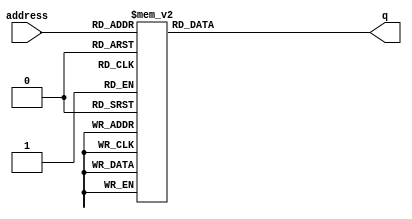

`timescale 1 ns / 100 ps
module pic_ram (address, q);

    input wire [8:0] address;
    output reg [239:0] q;
	 
	always @ (*)
		case(address)
			9'd0  : q = 240'h00000000000000000000000000000000000000000000000000000000000;
			9'd1  : q = 240'h00000000000000000000000000000000000000000000000000000000000;
			9'd2  : q = 240'h00000000000000000000000000000000000000000000000000000000000;
			9'd3  : q = 240'h00000000000000000000000000000000000000000000000000000000000;
			9'd4  : q = 240'h00000000000000000000000000000000000000000000000000000000000;
			9'd5  : q = 240'h00000000000000000000000000000000000000000000000000000000000;
			9'd6  : q = 240'h00000000000000000000000000000000000000000000000000000000000;
			9'd7  : q = 240'h00000000000000000000000000000000000000000000000000000000000;
			9'd8  : q = 240'h00000000000000000000000000000000000000000000000000000000000;
			9'd9  : q = 240'h00000000000000000000000000000000000000000000000000000000000;
			9'd10 : q = 240'h00000000000000000000000000000000000000000000000000000000000;
			9'd11 : q = 240'h00000000000000000000000000000000000000000000000000000000000;
			9'd12 : q = 240'h00000000000000000000000000000000000000000000000000000000000;
			9'd13 : q = 240'h00000000000000000000000000000000000000000000000000000000000;
			9'd14 : q = 240'h00000000000000000000000000000000000000000000000000000000000;
			9'd15 : q = 240'h00000000000000000000000000000000000000000000000000000000000;
			9'd16 : q = 240'h00000000000000000000000000000000000000000000000000000000000;
			9'd17 : q = 240'h00000000000000000000000000000000000000000000000000000000000;
			9'd18 : q = 240'h00000000000000000000000000000000000000000000000000000000000;
			9'd19 : q = 240'h00000000000000000000000000000000000000000000000000000000000;
			9'd20 : q = 240'h00000000000000000000000000000000000000000000000000000000000;
			9'd21 : q = 240'h00000000000000000000000000000000000000000000000000000000000;
			9'd22 : q = 240'h00000000000000000000000000000000000000000000000000000000000;
			9'd23 : q = 240'h00000000000000000000000000000000000000000000000000000000000;
			9'd24 : q = 240'h00000000000000000000000000000000000000000000000000000000000;
			9'd25 : q = 240'h00000000000000000000000000000000000000000000000000000000000;
			9'd26 : q = 240'h00000000000000000000000000000000000000000000000000000000000;
			9'd27 : q = 240'h00000000000000000000000000000000000000000000000000000000000;
			9'd28 : q = 240'h00000000000000000000000000000000000000000000000000000000000;
			9'd29 : q = 240'h00000000000000000000000000000000000000000000000000000000000;
			9'd30 : q = 240'h00000000000000000000000000000000000000000000000000000000000;
			9'd31 : q = 240'h00000000000000000000000000000000000000000000000000000000000;
			9'd32 : q = 240'h00000000000000000000000000000000000000000000000000000000000;
			9'd33 : q = 240'h00000000000000000000000000000000000000000000000000000000000;
			9'd34 : q = 240'h00000000000000000000000000000000000000000000000000000000000;
			9'd35 : q = 240'h00000000000000000000000000000000000000000000000000000000000;
			9'd36 : q = 240'h00000000000000000000000000000000000000000000000000000000000;
			9'd37 : q = 240'h00000000000000000000000000000000000000000000000000000000000;
			9'd38 : q = 240'h00000000000000000000000000000000000000000000000000000000000;
			9'd39 : q = 240'h00000000000000000000000000000000000000000000000000000000000;
			9'd40 : q = 240'h00000000000000000000000000000000000000000000000000000000000;
			9'd41 : q = 240'h00000000000000000000000000000000000000000000000000000000000;
			9'd42 : q = 240'h00000000000000000000000000000000000000000000000000000000000;
			9'd43 : q = 240'h00000000000000000000000000000000000000000000000000000000000;
			9'd44 : q = 240'h00000000000000000000000000000000000000000000000000000000000;
			9'd45 : q = 240'h00000000000000000000000000000000000000000000000000000000000;
			9'd46 : q = 240'h00000000000000000000000000000000000000000000000000000000000;
			9'd47 : q = 240'h00000000000000000000000000000000000000000000000000000000000;
			9'd48 : q = 240'h00000000000000000000000000000000000000000000000000000000000;
			9'd49 : q = 240'h00000000000000000000000000000000000000000000000000000000000;
			9'd50 : q = 240'h00000000000000000000000000000000000000000000000000000000000;
			9'd51 : q = 240'h00000000000000000000000000000000000000000000000000000000000;
			9'd52 : q = 240'h00000000000000000000000000000000000000000000000000000000000;
			9'd53 : q = 240'h00000000000000000000000000000000000000000000000000000000000;
			9'd54 : q = 240'h00000000000000000000000000000000000000000000000000000000000;
			9'd55 : q = 240'h00000000000000000000000000000000000000000000000000000000000;
			9'd56 : q = 240'h00000000000000000000000000000000000000000000000000000000000;
			9'd57 : q = 240'h00000000000000000000000000000000000000000000000000000000000;
			9'd58 : q = 240'h00000000000000000000000000000000000000000000000000000000000;
			9'd59 : q = 240'h00000000000000000000000000000000000000000000000000000000000;
			9'd60 : q = 240'h00000000000000000000000000000000000000000000000000000000000;
			9'd61 : q = 240'h00000000000000000000000000000000000000000000000000000000000;
			9'd62 : q = 240'h00000000000000000000000000000000000000000000000000000000000;
			9'd63 : q = 240'h00000000000000000000000000000000000000000000000000000000000;
			9'd64 : q = 240'h00000000000000000000000000000000000000000000000000000000000;
			9'd65 : q = 240'h00000000000000000000000000000000000000000000000000000000000;
			9'd66 : q = 240'h00000000000000000000000000000000000000000000000000000000000;
			9'd67 : q = 240'h00000000000000000000000000000000000000000000000000000000000;
			9'd68 : q = 240'h00000000000000000000000000000000000000000000000000000000000;
			9'd69 : q = 240'h00000000000000000000000000000000000000000000000000000000000;
			9'd70 : q = 240'h00000000000000000000000000000000000000000000000000000000000;
			9'd71 : q = 240'h00000000000000000000000000000000000000000000000000000000000;
			9'd72 : q = 240'h00000000000000000000000000000000000000000000000000000000000;
			9'd73 : q = 240'h00000000000000000000000000000000000000000000000000000000000;
			9'd74 : q = 240'h00000000000000000000000000000000000000000000000000000000000;
			9'd75 : q = 240'h00000000000000000000000000000000000000000000000000000000000;
			9'd76 : q = 240'h00000000000000000000000000000000000000000000000000000000000;
			9'd77 : q = 240'h00000000000000000000000000000000000000000000000000000000000;
			9'd78 : q = 240'h00000000000000000000000000000000000000000000000000000000000;
			9'd79 : q = 240'h00000000000000000000000000000000000000000000000000000000000;
			9'd80 : q = 240'h00000000000000000000000000000000000000000000000000000000000;
			9'd81 : q = 240'h00000000000000000000000000000000000000000000000000000000000;
			9'd82 : q = 240'h00000000000000000000000000000000000000000000000000000000000;
			9'd83 : q = 240'h00000000000000000000000000000000000000000000000000000000000;
			9'd84 : q = 240'h00000000000000000000000000000000000000000000000000000000000;
			9'd85 : q = 240'h00000000000000000000000000000000000000000000000000000000000;
			9'd86 : q = 240'h00000000000000000000000000000000000000000000000000000000000;
			9'd87 : q = 240'h00000000000000000000000000000000000000000000000000000000000;
			9'd88 : q = 240'h00000000000000000000000000000000000000000000000000000000000;
			9'd89 : q = 240'h00000000000000000000000000000000000000000000000000000000000;
			9'd90 : q = 240'h00000000000000000000000000000000000000000000000000000000000;
			9'd91 : q = 240'h00000000000000000000000000000000000000000000000000000000000;
			9'd92 : q = 240'h00000000000000000000000000000000000000000000000000000000000;
			9'd93 : q = 240'h00000000000000000000000000000000000000000000000000000000000;
			9'd94 : q = 240'h00000000000000000000000000000000000000000000000000000000000;
			9'd95 : q = 240'h00000000000000000000000000000000000000000000000000000000000;
			9'd96 : q = 240'h00000000000000000000000000000000000000000000000000000000000;
			9'd97 : q = 240'h00000000000000000000000000000000000000000000000000000000000;
			9'd98 : q = 240'h00000000000000000000000000000000000000000000000000000000000;
			9'd99 : q = 240'h00000000000000000000000000000000000000000000000000000000000;
			9'd100: q = 240'h00000000000000000000000000000000000000000000000000000000000;
			9'd101: q = 240'h00000000000000000000000000000000000000000000000000000000000;
			9'd102: q = 240'h00000000000000000000000000000000000000000000000000000000000;
			9'd103: q = 240'h00000000000000000000000000000000000000000000000000000000000;
			9'd104: q = 240'h00000000000000000000000000000000000000000000000000000000000;
			9'd105: q = 240'h00000000000000000000000000000000000000000000000000000000000;
			9'd106: q = 240'h00000000000000000000000000000000000000000000000000000000000;
			9'd107: q = 240'h00000000000000000000000000000000000000000000000000000000000;
			9'd108: q = 240'h00000000000000000000000000000000000000000000000000000000000;
			9'd109: q = 240'h00000000000000000000000000000000000000000000000000000000000;
			9'd110: q = 240'h00000000000000000000000000000000000000000000000000000000000;
			9'd111: q = 240'h00000000000000000000000000000FF8000000000000000000000000000;
			9'd112: q = 240'h00000000000000000000000000003FFE000000000000000000000000000;
			9'd113: q = 240'h0000000000000000000000000000FFFF800000000000000000000000000;
			9'd114: q = 240'h0000000000000000000000000001FFFFC00000000000000000000000000;
			9'd115: q = 240'h0000000000000000000000000003FFFFE00000000000000000000000000;
			9'd116: q = 240'h0000000000000000000000000007FFFFF00000000000000000000000000;
			9'd117: q = 240'h000000000000000000000000000FFFFFF80000000000000000000000000;
			9'd118: q = 240'h000000000000000000000000000FFFFFF80000000000000000000000000;
			9'd119: q = 240'h000000000000000000000000001FFFFFFC0000000000000000000000000;
			9'd120: q = 240'h000000000000000000000000001FFFFFFC0000000000000000000000000;
			9'd121: q = 240'h000000000000000000000000001FFC1FFC0000000000000000000000000;
			9'd122: q = 240'h000000000000000000000000001FF80FFC0000000000000000000000000;
			9'd123: q = 240'h000000000000000000000000001FF00FFC0000000000000000000000000;
			9'd124: q = 240'h000000000000000000000000001FF007FC0000000000000000000000000;
			9'd125: q = 240'h000000000000000000000000001FF00FFC0000000000000000000000000;
			9'd126: q = 240'h000000000000000000000000001FF80FFC0000000000000000000000000;
			9'd127: q = 240'h000000000000000000000000001FF81FFC0000000000000000000000000;
			9'd128: q = 240'h000000000000000000000000001FFE3FFC0000000000000000000000000;
			9'd129: q = 240'h000000000000000000000000001FFE7FFC0000000000000000000000000;
			9'd130: q = 240'h000000000000000000000000000FFE7FF80000000000000000000000000;
			9'd131: q = 240'h000000000000000000000000000FFE7FF80000007FC0000000000000000;
			9'd132: q = 240'h0000000000000000000000000007FE7FF0000001FFF0000000000000000;
			9'd133: q = 240'h0000000000000000000380000007FE7FE0000007FFF8000000000000000;
			9'd134: q = 240'h0000000000000000001FF8000003FE7FC000000FFFFC000000000000000;
			9'd135: q = 240'h0000000000000000007FFE000003FE7FC000001FFFFE000000000000000;
			9'd136: q = 240'h000000000000000000FFFF000003FE7F8000003FFFFF000000000000000;
			9'd137: q = 240'h000000000000000001FFFF800001FC7F8000003FFFFF000000000000000;
			9'd138: q = 240'h000000000000000003FFFFC00001FC7F0000007FFFFF800000000000000;
			9'd139: q = 240'h000000000000000003FFFFC00000FC7F0000007FFBFF800000000000000;
			9'd140: q = 240'h000000000000000007FFFFE00000FCFF0000007FE0FFC00000000000000;
			9'd141: q = 240'h000000000000000007F83FE00000FCFE000000FFC07FC00000000000000;
			9'd142: q = 240'h00000000000000000FF01FE000007CFE000000FFC03FC00000000000000;
			9'd143: q = 240'h00000000000000000FF00FE000007CFE000000FFC03FC00000000000000;
			9'd144: q = 240'h00000000000000000FF00FE000007CFC000000FFC03FC00000000000000;
			9'd145: q = 240'h00000000000000000FF00FE000007CFC000000FFC07FC00000000000000;
			9'd146: q = 240'h00000000000000000FF01FE000007CFC000000FFC0FFC00000000000000;
			9'd147: q = 240'h000000000000000007F81FE000007CFC000001FF81FF800000000000000;
			9'd148: q = 240'h000000000000000007FE1FE000007CF8000001FF8FFF800000000000000;
			9'd149: q = 240'h000000000000000007FF1FE0000078F8000001FF1FFF000000000000000;
			9'd150: q = 240'h000000000000000003FF8FE0000078F8000001FE3FFF000000000000000;
			9'd151: q = 240'h000000000000000003FF8FE0000078F8000003FC7FFE000000000000000;
			9'd152: q = 240'h000000000000000001FFCFE0000079F8000003FCFFFC000000000000000;
			9'd153: q = 240'h000000000000000000FFC7E0000079F0000003F8FFF8000000000000000;
			9'd154: q = 240'h0000000000000000007FE7F0000079F0000007F1FFF0000000000000000;
			9'd155: q = 240'h0000000000000000001FE3F0000079F0000007E3FFE0000000000000000;
			9'd156: q = 240'h0000000000000000000FF3F0000079F000000FC7FFC0000000000000000;
			9'd157: q = 240'h00000000000000000003F1F0000071F000000FCFFF80000000000000000;
			9'd158: q = 240'h00000000000000000001F9F0000071F000001F8FFE00000000000000000;
			9'd159: q = 240'h00000000000000000000F8F0000071F000001F1FFC00000000000000000;
			9'd160: q = 240'h000000000000000000007CF0000071F000003E3FF800000000000000000;
			9'd161: q = 240'h000000000000000000003C780000F3F000003C7FE000000000000000000;
			9'd162: q = 240'h000000000000000000001E780000F3F0000078FFC000000000000000000;
			9'd163: q = 240'h000000000000000000001E380000F3F80000F8FF0000000000000000000;
			9'd164: q = 240'h000000000000000000000F3C0000F3F80000F1FE0000000000000000000;
			9'd165: q = 240'h00000000000000000000071C0001E3FC0001E3FC0000000000000000000;
			9'd166: q = 240'h00000000000000000000079C0003E3FC0003C7F80000000000000000000;
			9'd167: q = 240'h00000000000000000000038E0003E3FE00078FF00000000000000000000;
			9'd168: q = 240'h0000000000000000000003CF0007E1FF001F0FC00000000000000000000;
			9'd169: q = 240'h0000000000000000000001C7C00FE1FFC07F1F800000000000000000000;
			9'd170: q = 240'h0000000000000000000001E3E03FC1FFFFFE3F000000000000000000000;
			9'd171: q = 240'h0000000000000000000000F3FFFFC8FFFFFC7E000000000000000000000;
			9'd172: q = 240'h0000000000000000000000F1FFFF8CFFFFF0FC000000000000000000000;
			9'd173: q = 240'h0000000000000000000000F8FFFF1C7FFFE1FC000000000000000000000;
			9'd174: q = 240'h00000000000000000000007C3FFE1E3FFFC3F8000000000000000000000;
			9'd175: q = 240'h00000000000000000000007E1FF83F1FFF07F0000000000000000000000;
			9'd176: q = 240'h00000000000000000000003F0000FF83FC0FE0000000000000000000000;
			9'd177: q = 240'h00000000000000000000003FC003FFC0003FC0000000000000000000000;
			9'd178: q = 240'h00000000000000000000001FF00FFFF000FFC0000000000000000000000;
			9'd179: q = 240'h00000000000000000000001FFFFFFFFE07FF80000000000000000000000;
			9'd180: q = 240'h00000000000000000000000FFFFFFFFFFFFF80000000000000000000000;
			9'd181: q = 240'h00000000000000000000000FFFFFFFFFFFFF00000000000000000000000;
			9'd182: q = 240'h000000000000000000000007FFFFFFFFFFFE00000000000000000000000;
			9'd183: q = 240'h000000000000000000000007FFFFFFFFFFFE00000000000000000000000;
			9'd184: q = 240'h000000000000000000000007FFFFFFFFFFFC00000000000000000000000;
			9'd185: q = 240'h000000000000000000000003FFFFFFFFFFFC00000000000000000000000;
			9'd186: q = 240'h000000000000000000000003FFFFFFFFFFFC00000000000000000000000;
			9'd187: q = 240'h000000000000000000000003FFFFFFFFFFF800000000000000000000000;
			9'd188: q = 240'h000000000000000000000001FFFFFFFFFFF800000000000000000000000;
			9'd189: q = 240'h000000000000000000000001FFFFFFFFFFF000000000000000000000000;
			9'd190: q = 240'h000000000000000000000000FFFFFFFFFFF000000000000000000000000;
			9'd191: q = 240'h000000000000000000000000FFFFFFFFFFF000000000000000000000000;
			9'd192: q = 240'h000000000000000000000000FFFFFFFFFFE000000000000000000000000;
			9'd193: q = 240'h0000000000000000000000007FFFFFFFFFE000000000000000000000000;
			9'd194: q = 240'h0000000000000000000000007FFFFFFFFFC000000000000000000000000;
			9'd195: q = 240'h0000000000000000000000007FFFFFFFFFC000000000000000000000000;
			9'd196: q = 240'h0000000000000000000000003FFFFFFFFFC000000000000000000000000;
			9'd197: q = 240'h0000000000000000000000003FFFFFFFFF8000000000000000000000000;
			9'd198: q = 240'h0000000000000000000000003FFFFFFFFF8000000000000000000000000;
			9'd199: q = 240'h0000000000000000000000001FFFFFFFFF8000000000000000000000000;
			9'd200: q = 240'h0000000000000000000000001FFFFFFFFF0000000000000000000000000;
			9'd201: q = 240'h0000000000000000000000001FFFFFFFFF0000000000000000000000000;
			9'd202: q = 240'h0000000000000000000000000FFFFFFFFE0000000000000000000000000;
			9'd203: q = 240'h0000000000000000000000000FFFFFFFFE0000000000000000000000000;
			9'd204: q = 240'h00000000000000000000000007FFFFFFFC0000000000000000000000000;
			9'd205: q = 240'h00000000000000000000000003FFFFFFFC0000000000000000000000000;
			9'd206: q = 240'h00000000000000000000000003FFFFFFF80000000000000000000000000;
			9'd207: q = 240'h00000000000000000000000001FFFFFFF00000000000000000000000000;
			9'd208: q = 240'h00000000000000000000000000FFFFFFE00000000000000000000000000;
			9'd209: q = 240'h000000000000000000000000007FFFFFC00000000000000000000000000;
			9'd210: q = 240'h000000000000000000000000003FFFFF800000000000000000000000000;
			9'd211: q = 240'h000000000000000000000000000FFFFE000000000000000000000000000;
			9'd212: q = 240'h0000000000000000000000000001FFF8000000000000000000000000000;
			9'd213: q = 240'h00000000000000000000000000003F80000000000000000000000000000;
			9'd214: q = 240'h00000000000000000000000000000000000000000000000000000000000;
			9'd215: q = 240'h00000000000000000000000000000000000000000000000000000000000;
			9'd216: q = 240'h00000000000000000000000000000000000000000000000000000000000;
			9'd217: q = 240'h00000000000000000000000000000000000000000000000000000000000;
			9'd218: q = 240'h00000000000000000000000000000000000000000000000000000000000;
			9'd219: q = 240'h00000000000000000000000000000000000000000000000000000000000;
			9'd220: q = 240'h00000000000000000000000000000000000000000000000000000000000;
			9'd221: q = 240'h00000000000000000000000000000000000000000000000000000000000;
			9'd222: q = 240'h00000000000000000000000000000000000000000000000000000000000;
			9'd223: q = 240'h00000000000000000000000000000000000000000000000000000000000;
			9'd224: q = 240'h00000000000000000000000000000000000000000000000000000000000;
			9'd225: q = 240'h00000000000000000000000000000000000000000000000000000000000;
			9'd226: q = 240'h00000000000000000000000000000000000000000000000000000000000;
			9'd227: q = 240'h00000000000000000000000000000000000000000000000000000000000;
			9'd228: q = 240'h00000000000000000000000000000000000000000000000000000000000;
			9'd229: q = 240'h00000000000000000000000000000000000000000000000000000000000;
			9'd230: q = 240'h00000000000000000000000000000000000000000000000000000000000;
			9'd231: q = 240'h00000000000000000000000000000000000000000000000000000000000;
			9'd232: q = 240'h00000000000000000000000000000000000000000000000000000000000;
			9'd233: q = 240'h00000000000000000000000000000000000000000000000000000000000;
			9'd234: q = 240'h00000000000000000000000000000000000000000000000000000000000;
			9'd235: q = 240'h00000000000000000000000000000000000000000000000000000000000;
			9'd236: q = 240'h00000000000000000000000000000000000000000000000000000000000;
			9'd237: q = 240'h00000000000000000000000000000000000000000000000000000000000;
			9'd238: q = 240'h00000000000000000000000000000000000000000000000000000000000;
			9'd239: q = 240'h00000000000000000000000000000000000000000000000000000000000;
			9'd230: q = 240'h00000000000000000000000000000000000000000000000000000000000;
			9'd241: q = 240'h00000000000000000000000000000000000000000000000000000000000;
			9'd242: q = 240'h00000000000000000000000000000000000000000000000000000000000;
			9'd243: q = 240'h00000000000000000000000000000000000000000000000000000000000;
			9'd244: q = 240'h00000000000000000000000000000000000000000000000000000000000;
			9'd245: q = 240'h00000000000000000000000000000000000000000000000000000000000;
			9'd246: q = 240'h00000000000000000000000000000000000000000000000000000000000;
			9'd247: q = 240'h00000000000000000000000000000000000000000000000000000000000;
			9'd248: q = 240'h00000000000000000000000000000000000000000000000000000000000;
			9'd249: q = 240'h00000000000000000000000000000000000000000000000000000000000;
			9'd250: q = 240'h00000000000000000000000000000000000000000000000000000000000;
			9'd251: q = 240'h00000000000000000000000000000000000000000000000000000000000;
			9'd252: q = 240'h00000000000000000000000000000000000000000000000000000000000;
			9'd253: q = 240'h00000000000000000000000000000000000000000000000000000000000;
			9'd254: q = 240'h00000000000000000000000000000000000000000000000000000000000;
			9'd255: q = 240'h00000000000000000000000000000000000000000000000000000000000;
			9'd256: q = 240'h00000000000000000000000000000000000000000000000000000000000;
			9'd257: q = 240'h00000000000000000000000000000000000000000000000000000000000;
			9'd258: q = 240'h00000000000000000000000000000000000000000000000000000000000;
			9'd259: q = 240'h00000000000000000000000000000000000000000000000000000000000;
			9'd260: q = 240'h00000000000000000000000000000000000000000000000000000000000;
			9'd261: q = 240'h00000000000000000000000000000000000000000000000000000000000;
			9'd262: q = 240'h00000000000000000000000000000000000000000000000000000000000;
			9'd263: q = 240'h00000000000000000000000000000000000000000000000000000000000;
			9'd264: q = 240'h00000000000000000000000000000000000000000000000000000000000;
			9'd265: q = 240'h00000000000000000000000000000000000000000000000000000000000;
			9'd266: q = 240'h00000000000000000000000000000000000000000000000000000000000;
			9'd267: q = 240'h00000000000000000000000000000000000000000000000000000000000;
			9'd268: q = 240'h00000000000000000000000000000000000000000000000000000000000;
			9'd269: q = 240'h00000000000000000000000000000000000000000000000000000000000;
			9'd270: q = 240'h00000000000000000000000000000000000000000000000000000000000;
			9'd271: q = 240'h00000000000000000000000000000000000000000000000000000000000;
			9'd272: q = 240'h00000000000000000000000000000000000000000000000000000000000;
			9'd273: q = 240'h00000000000000000000000000000000000000000000000000000000000;
			9'd274: q = 240'h00000000000000000000000000000000000000000000000000000000000;
			9'd275: q = 240'h00000000000000000000000000000000000000000000000000000000000;
			9'd276: q = 240'h00000000000000000000000000000000000000000000000000000000000;
			9'd277: q = 240'h00000000000000000000000000000000000000000000000000000000000;
			9'd278: q = 240'h00000000000000000000000000000000000000000000000000000000000;
			9'd279: q = 240'h00000000000000000000000000000000000000000000000000000000000;
			9'd280: q = 240'h00000000000000000000000000000000000000000000000000000000000;
			9'd281: q = 240'h00000000000000000000000000000000000000000000000000000000000;
			9'd282: q = 240'h00000000000000000000000000000000000000000000000000000000000;
			9'd283: q = 240'h00000000000000000000000000000000000000000000000000000000000;
			9'd284: q = 240'h00000000000000000000000000000000000000000000000000000000000;
			9'd285: q = 240'h00000000000000000000000000000000000000000000000000000000000;
			9'd286: q = 240'h00000000000000000000000000000000000000000000000000000000000;
			9'd287: q = 240'h00000000000000000000000000000000000000000000000000000000000;
			9'd288: q = 240'h00000000000000000000000000000000000000000000000000000000000;
			9'd289: q = 240'h00000000000000000000000000000000000000000000000000000000000;
			9'd290: q = 240'h00000000000000000000000000000000000000000000000000000000000;
			9'd291: q = 240'h00000000000000000000000000000000000000000000000000000000000;
			9'd292: q = 240'h00000000000000000000000000000000000000000000000000000000000;
			9'd293: q = 240'h00000000000000000000000000000000000000000000000000000000000;
			9'd294: q = 240'h00000000000000000000000000000000000000000000000000000000000;
			9'd295: q = 240'h00000000000000000000000000000000000000000000000000000000000;
			9'd296: q = 240'h00000000000000000000000000000000000000000000000000000000000;
			9'd297: q = 240'h00000000000000000000000000000000000000000000000000000000000;
			9'd298: q = 240'h00000000000000000000000000000000000000000000000000000000000;
			9'd299: q = 240'h00000000000000000000000000000000000000000000000000000000000;
			9'd300: q = 240'h00000000000000000000000000000000000000000000000000000000000;
			9'd301: q = 240'h00000000000000000000000000000000000000000000000000000000000;
			9'd302: q = 240'h00000000000000000000000000000000000000000000000000000000000;
			9'd303: q = 240'h00000000000000000000000000000000000000000000000000000000000;
			9'd304: q = 240'h00000000000000000000000000000000000000000000000000000000000;
			9'd305: q = 240'h00000000000000000000000000000000000000000000000000000000000;
			9'd306: q = 240'h00000000000000000000000000000000000000000000000000000000000;
			9'd307: q = 240'h00000000000000000000000000000000000000000000000000000000000;
			9'd308: q = 240'h00000000000000000000000000000000000000000000000000000000000;
			9'd309: q = 240'h00000000000000000000000000000000000000000000000000000000000;
			9'd310: q = 240'h00000000000000000000000000000000000000000000000000000000000;
			9'd311: q = 240'h00000000000000000000000000000000000000000000000000000000000;
			9'd312: q = 240'h00000000000000000000000000000000000000000000000000000000000;
			9'd313: q = 240'h00000000000000000000000000000000000000000000000000000000000;
			9'd314: q = 240'h00000000000000000000000000000000000000000000000000000000000;
			9'd315: q = 240'h00000000000000000000000000000000000000000000000000000000000;
			9'd316: q = 240'h00000000000000000000000000000000000000000000000000000000000;
			9'd317: q = 240'h00000000000000000000000000000000000000000000000000000000000;
			9'd318: q = 240'h00000000000000000000000000000000000000000000000000000000000;
			9'd319: q = 240'h00000000000000000000000000000000000000000000000000000000000;
			default:q = 0;
			
			
			
		endcase
		
endmodule